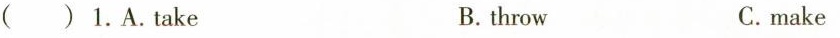
( ) 1. A.Take B. throw C.make